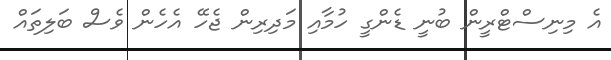
އެ މިނިސްޓްރީން ބުނީ ޑެންގީ ހުމާއި މަދިރިން ޖެހޭ އެހެން ވެސް ބަލިތައް